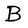
Character: B